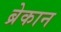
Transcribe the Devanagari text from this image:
ब्रेकान